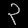
Digit: ၃